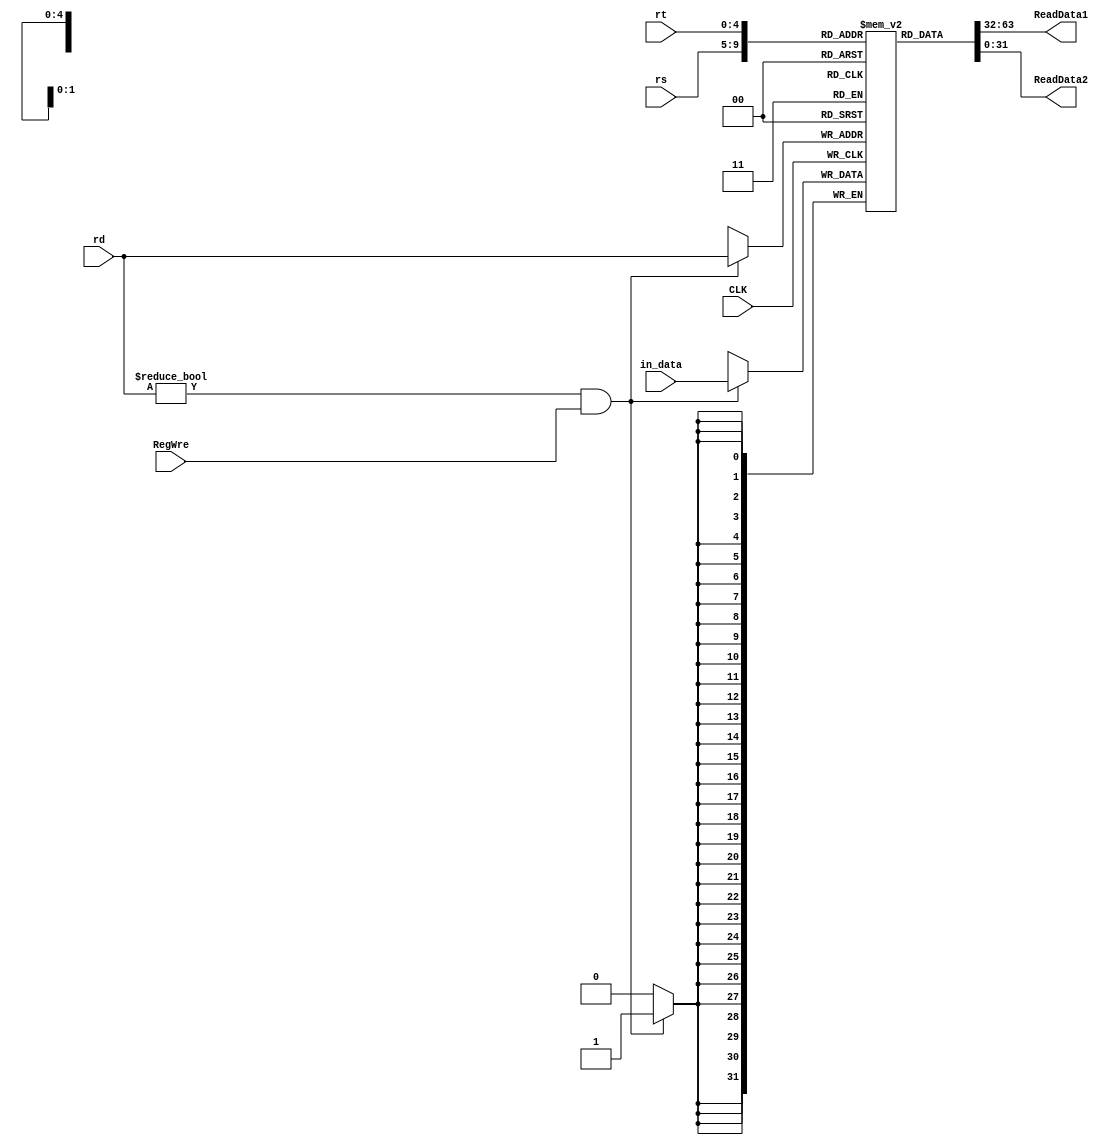
`timescale 1ns / 1ps
//////////////////////////////////////////////////////////////////////////////////
// Company: 
// Engineer: 
// 
// Design Name: 
// Module Name: RegisterFile
// Project Name: 
// Target Devices: 
// Tool Versions: 
// Description: 
// 
// Dependencies: 
// 
// Revision:
// Revision 0.01 - File Created
// Additional Comments:
// 
//////////////////////////////////////////////////////////////////////////////////


module RegisterFile(RegWre, CLK, rs, rt, rd, in_data, ReadData1, ReadData2);
    input RegWre, CLK;
    input [4:0] rs, rt, rd;
    input [31:0] in_data;
    output [31:0] ReadData1, ReadData2;
    reg [31:0] register [0:31];
    
    initial begin
        register[0] = 0;
    end
    assign ReadData1 = register[rs];
    assign ReadData2 = register[rt];
    always @(posedge CLK) begin
        if((rd != 5'b00000) && (RegWre == 1)) begin
            register[rd] = in_data;
        end
    end
endmodule